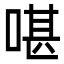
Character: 啿